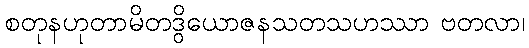
စတုနဟုတာမိတဒွိယောဇနသတသဟဿာ ဗတလာ၊